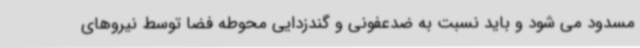
مسدود می شود و باید نسبت به ضدعفونی و گندزدایی محوطه فضا توسط نیروهای